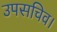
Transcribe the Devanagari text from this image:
उपसचिव।